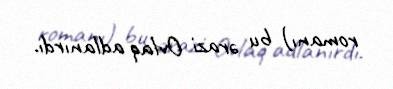
romanı) bu ərazi Ovlaq adlanırdı.